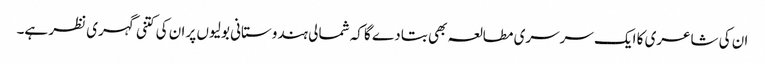
ان کی شاعری کا ایک سرسری مطالعہ بھی بتا دے گا کہ شمالی ہندوستانی بولیوں پر ان کی کتنی گہری نظر ہے۔